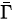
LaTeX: \scriptstyle{\bar{\Gamma}}